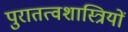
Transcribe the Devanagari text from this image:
पुरातत्‍वशास्त्रियों